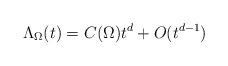
LaTeX: \begin{align*}\Lambda_{\Omega}(t)=C(\Omega) t^d +O(t^{d-1})\end{align*}